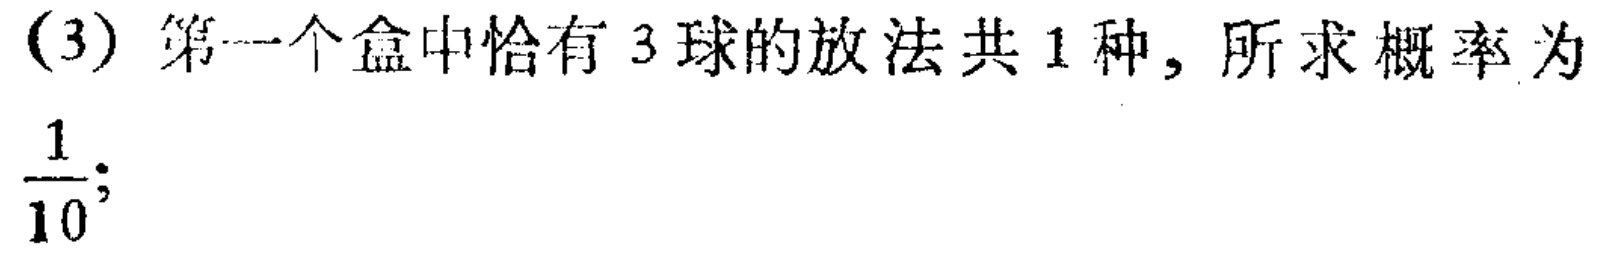
(3) 第一个盒中恰有 3 球的放法共 1 种, 所求概率为

$\frac{1}{10};$